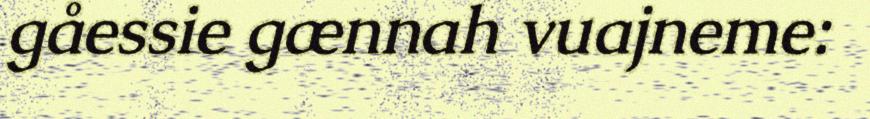
gåessie gænnah vuajneme: